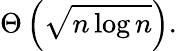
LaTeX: \Theta\left({\sqrt{n\log n}}\right).